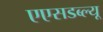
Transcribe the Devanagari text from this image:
एएसडब्ल्यू